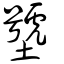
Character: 㙱